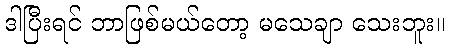
ဒါပြီးရင် ဘာဖြစ်မယ်တော့ မသေချာ သေးဘူး။